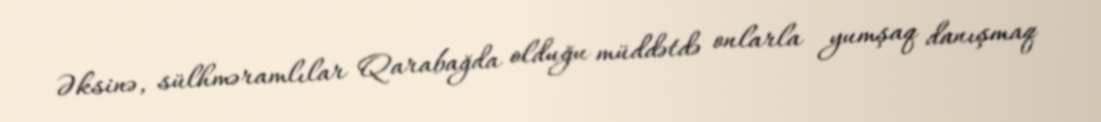
Əksinə, sülhməramlılar Qarabağda olduğu müddətdə onlarla yumşaq danışmaq